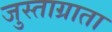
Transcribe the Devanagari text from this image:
जुस्ताग्राता